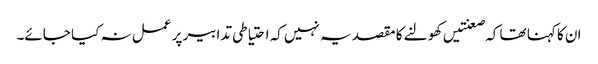
ان کا کہنا تھا کہ صعنتیں کھولنے کا مقصد یہ نہیں کہ احتیاطی تدابیر پر عمل نہ کیا جائے۔